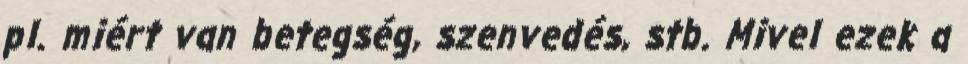
pl. miért van betegség, szenvedés, stb. Mivel ezek a